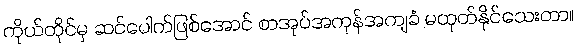
ကိုယ်တိုင်မှ ဆင်ပေါက်ဖြစ်အောင် စာအုပ်အကုန်အကျခံ မထုတ်နိုင်သေးတာ။